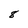
Character: 8